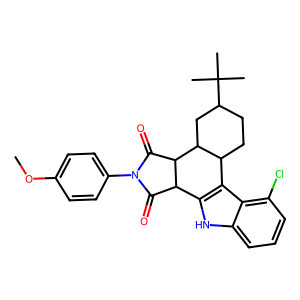
SMILES: COc1ccc(N2C(=O)C3c4[nH]c5cccc(Cl)c5c4C4CCC(C(C)(C)C)CC4C3C2=O)cc1
Inhibits HIV replication: No